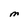
Character: M